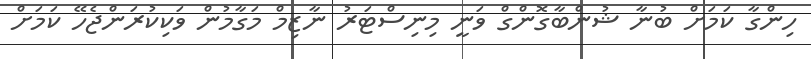
ހިންގާ ކަމަށް ބުނާ ޝުންބާގޮންގް ވަނީ މިނިސްޓަރު ނާޒިމް މަގާމުން ވަކިކުރަންޖެހޭ ކަމަށް